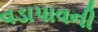
વડાપાવની